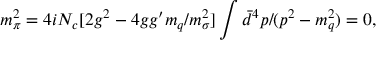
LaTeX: m _ { \pi } ^ { 2 } = 4 i N _ { c } [ 2 g ^ { 2 } - 4 g g ^ { \prime } m _ { q } / m _ { \sigma } ^ { 2 } ] \int \bar { d } ^ { 4 } p / ( p ^ { 2 } - m _ { q } ^ { 2 } ) = 0 ,